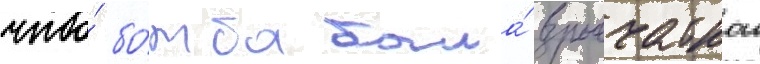
что́ бо́мба была́ взрывчаткои